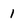
Character: 1